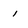
Character: i